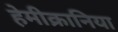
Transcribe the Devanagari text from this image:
हेमीक्रानिया